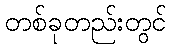
တစ်ခုတည်းတွင်